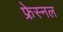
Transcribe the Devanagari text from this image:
फ्रेस्नल